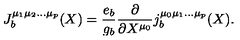
J _ { b } ^ { \mu _ { 1 } \mu _ { 2 } \ldots \mu _ { p } } ( X ) = \frac { e _ { b } } { g _ { b } } \frac { \partial } { \partial X ^ { \mu _ { 0 } } } j _ { b } ^ { \mu _ { 0 } \mu _ { 1 } \ldots \mu _ { p } } ( X ) .